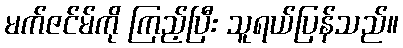
မက်ဇင်မ်ကို ကြည့်ပြီး သူရယ်ပြန်သည်။